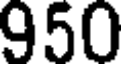
950